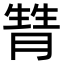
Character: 甧